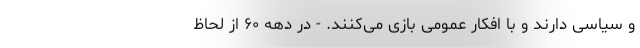
و سیاسی دارند و با افکار عمومی بازی می‌کنند. - در دهه ۶۰ از لحاظ